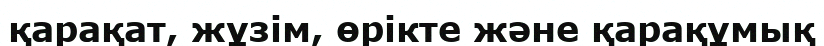
қарақат, жұзім, өрікте және қарақұмық